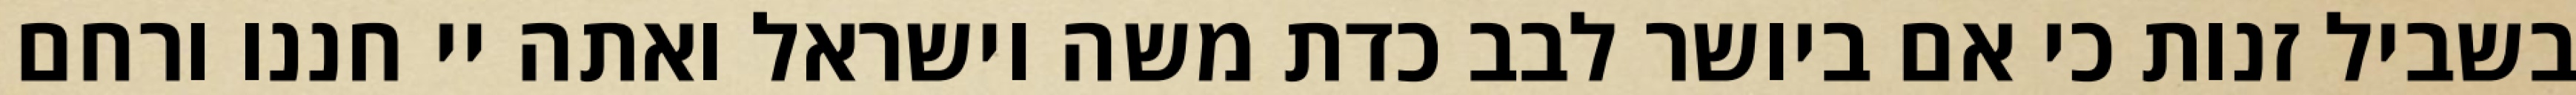
בשביל זנות כי אם ביושר לבב כדת משה וישראל ואתה יי חננו ורחם